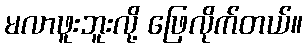
မလာဖူးဘူးလို့ ဖြေလိုက်တယ်။